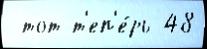
 тот т'еп'е́рь 48